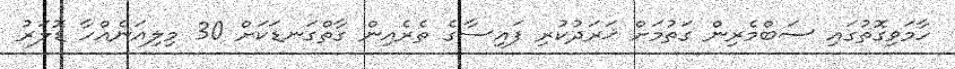
ހާމަވިގޮތުގައި ސަބްމެރިން ގަތުމަށް ޚަރަދުކުރި ފައިސާގެ ތެރެއިން ގާތްގަނޑަކަށް 30 މިލިއަނެއްހާ ޑޮލަރު